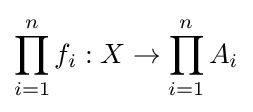
\prod _{i=1}^{n}f_{i}:X\to \prod _{i=1}^{n}A_{i}